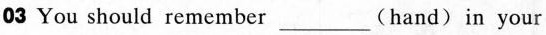
03 You should remember ___ (hand) in your